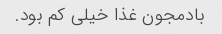
بادمجون غذا خیلی کم بود.